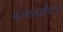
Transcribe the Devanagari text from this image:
मल्लवंशीयांचे